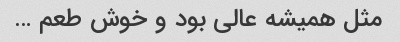
مثل همیشه عالی بود و خوش طعم …